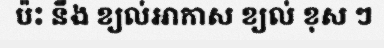
ប៉ះ នឹង ខ្យល់អាកាស ខ្យល់ ខុស ៗ